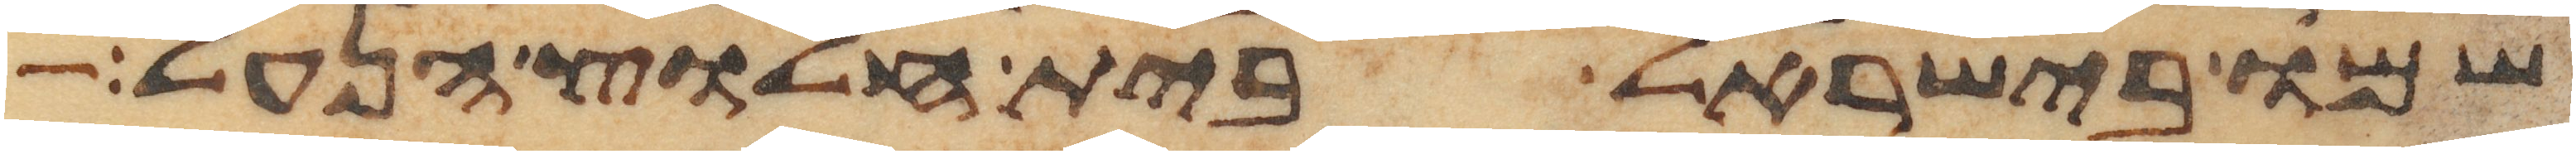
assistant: שמו בישראל בית חלוץ הנעל